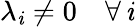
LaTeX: \lambda_{\mathit{i}}\neq0\quad\forall\, \mathit{i}